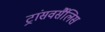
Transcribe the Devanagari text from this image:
ट्रांसवर्सैलिस